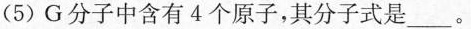
(5)G分子中含有4个原子，其分子式是___。